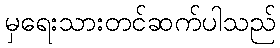
မှရေးသားတင်ဆက်ပါသည်